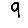
Digit: 9